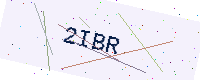
Text: 2IBR